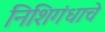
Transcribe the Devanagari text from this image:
निशिगंधाचे